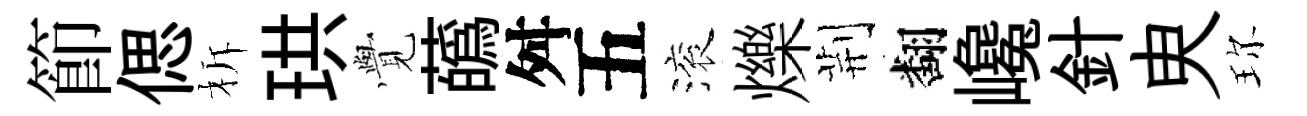
節偲柝珙𮗜蘤舛五滚爍荆翻巉針㬰珎